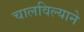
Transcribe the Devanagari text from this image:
चालविल्याने